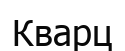
Кварц